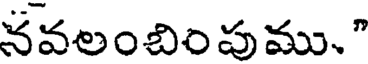
నవలంబింపుము."